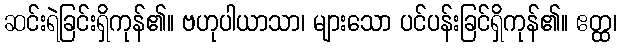
ဆင်းရဲခြင်းရှိကုန်၏။ ဗဟုပါယာသာ၊ များသော ပင်ပန်းခြင်ရှိကုန်၏။ ဧတ္ထ၊